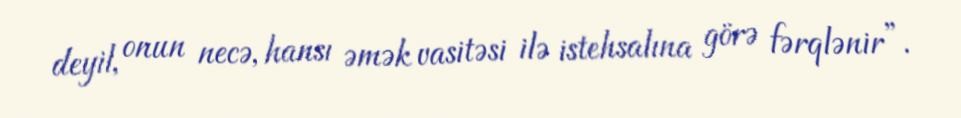
deyil, onun necə, hansı əmək vasitəsi ilə istehsalına görə fərqlənir”.